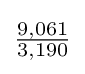
{\tfrac {9,061}{3,190}}